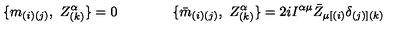
\{ m _ { ( i ) ( j ) } , \ Z _ { ( k ) } ^ { \alpha } \} = 0 \qquad \qquad \{ { \bar { m } } _ { ( i ) ( j ) } , \ Z _ { ( k ) } ^ { \alpha } \} = 2 i I ^ { \alpha \mu } { \bar { Z } } _ { \mu [ ( i ) } \delta _ { ( j ) ] ( k ) }